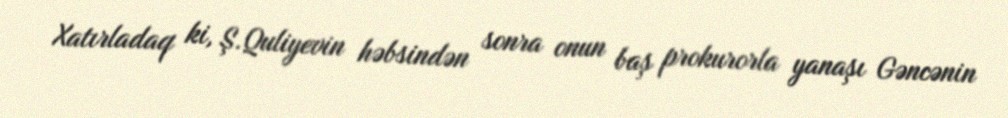
Xatırladaq ki, Ş.Quliyevin həbsindən sonra onun baş prokurorla yanaşı Gəncənin